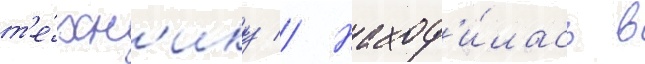
т'е́хн'ику // Наход'и́лась в